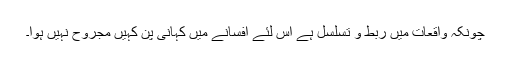
چونکہ واقعات میں ربط و تسلسل ہے اس لئے افسانے میں کہانی پن کہیں مجروح نہیں ہوا۔